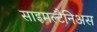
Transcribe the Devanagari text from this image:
साइमल्टैनिअस